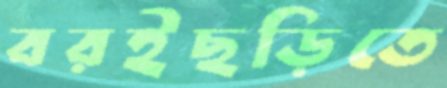
বরইছড়িতে